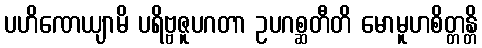
ပဟိဏေယျာမိ ပရိဗ္ဗဇူပဂတာ ဥပဂစ္ဆတီတိ မောမူဟစိတ္တန္တိ